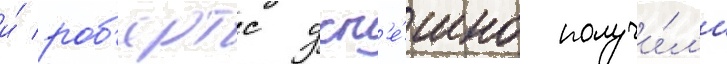
и́ роб'ертс усп'е́шно получи́л'и